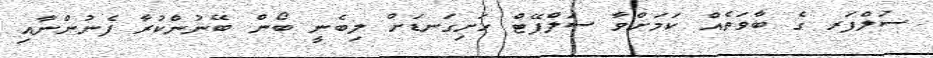
ސަލްފަރ ގެ ބާވަތެއް ކަމަށްވާ ސަލްފޭޓް ހަށިގަނޑަށް ލިބެނީ ބޯން ބޭނުންކުރާ ފެނުންނާއި